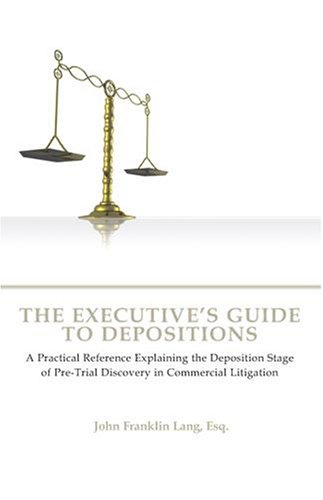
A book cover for The Executive's Guide to Depositions: A Practical Reference Explaining the Deposition Stage of Pre-Trial Discovery in Commercial Litigation; John Franklin Lang Esq.; Law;